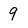
Character: 9